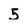
Character: 5